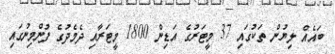
ބައެއް ލިޔުން ތަކުގައި 37 މީޓަރުގެ އަޑިން 1800 މީޓަރާއި ދެމެދުގެ ފުންމިނުގައި